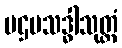
ပဌမသဒ္ဓါသုတ္တံ